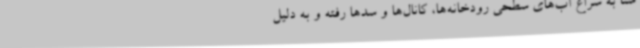
شنا به سراغ آب‌های سطحی رودخانه‌ها، کانال‌ها و سدها رفته و به دلیل